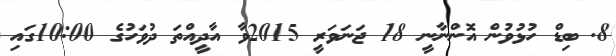
8. ބިޑް ހުޅުވުން އޮންނާނީ 18 ޖަނަވަރީ 2015ވާ އާދީއްތަ ދުވަހުގެ 10:00ގައި